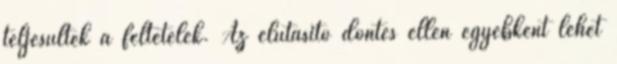
teljesültek a feltételek. Az elutasító döntés ellen egyébként lehet